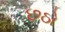
છઠો